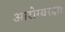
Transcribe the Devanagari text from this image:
आरोग्यरक्षा